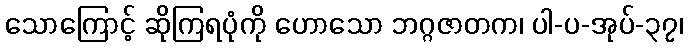
သောကြောင့် ဆိုကြရပုံကို ဟောသော ဘဂ္ဂဇာတက၊ ပါ-ပ-အုပ်-၃၇၊